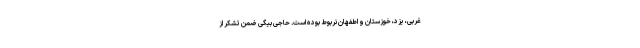
غربی، یزد، خوزستان و اطفهان نربوط بوده است. حاجی بیگی ضمن تشکر از